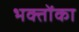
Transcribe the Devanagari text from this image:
भक्तोंका